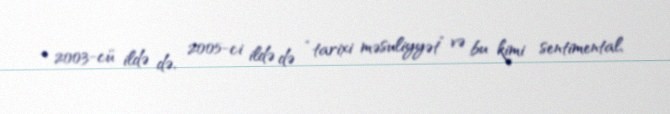
- 2003-cü ildə də, 2005-ci ildə də “tarixi məsuliyyət” və bu kimi sentimental,